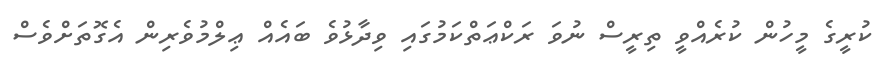
ކުރީގެ މީހުން ކުރެއްވީ ތިރީސް ނުވަ ރަކްޢަތްކަމުގައި ވިދާޅުވެ ބައެއް ޢިލްމުވެރިން އެގޮތަށްވެސް